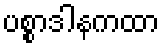
ပစ္စာဒါနကထာ